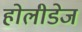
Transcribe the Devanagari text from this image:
होलीडेज